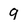
Character: 9